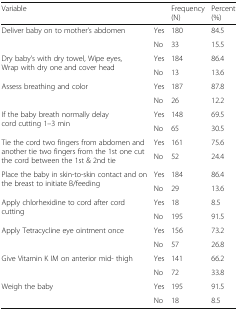
<table><thead><tr><td colspan="2"><b>Variable</b></td><td><b>Frequency (N)</b></td><td><b>Percent (%)</b></td></tr></thead><tbody><tr><td rowspan="2">Deliver baby on to mother’s abdomen</td><td>Yes</td><td>180</td><td>84.5</td></tr><tr><td>No</td><td>33</td><td>15.5</td></tr><tr><td rowspan="2">Dry baby’s with dry towel, Wipe eyes, Wrap with dry one and cover head</td><td>Yes</td><td>184</td><td>86.4</td></tr><tr><td>No</td><td>13</td><td>13.6</td></tr><tr><td rowspan="2">Assess breathing and color</td><td>Yes</td><td>187</td><td>87.8</td></tr><tr><td>No</td><td>26</td><td>12.2</td></tr><tr><td rowspan="2">If the baby breath normally delay cord cutting 1–3 min</td><td>Yes</td><td>148</td><td>69.5</td></tr><tr><td>No</td><td>65</td><td>30.5</td></tr><tr><td rowspan="2">Tie the cord two fingers from abdomen and another tie two fingers from the 1st one cut the cord between the 1st &amp; 2nd tie</td><td>Yes</td><td>161</td><td>75.6</td></tr><tr><td>No</td><td>52</td><td>24.4</td></tr><tr><td rowspan="2">Place the baby in skin-to-skin contact and on the breast to initiate B/feeding</td><td>Yes</td><td>184</td><td>86.4</td></tr><tr><td>No</td><td>29</td><td>13.6</td></tr><tr><td rowspan="2">Apply chlorhexidine to cord after cord cutting</td><td>Yes</td><td>18</td><td>8.5</td></tr><tr><td>No</td><td>195</td><td>91.5</td></tr><tr><td rowspan="2">Apply Tetracycline eye ointment once</td><td>Yes</td><td>156</td><td>73.2</td></tr><tr><td>No</td><td>57</td><td>26.8</td></tr><tr><td rowspan="2">Give Vitamin K IM on anterior mid- thigh</td><td>Yes</td><td>141</td><td>66.2</td></tr><tr><td>No</td><td>72</td><td>33.8</td></tr><tr><td rowspan="2">Weigh the baby</td><td>Yes</td><td>195</td><td>91.5</td></tr><tr><td>No</td><td>18</td><td>8.5</td></tr></tbody></table>